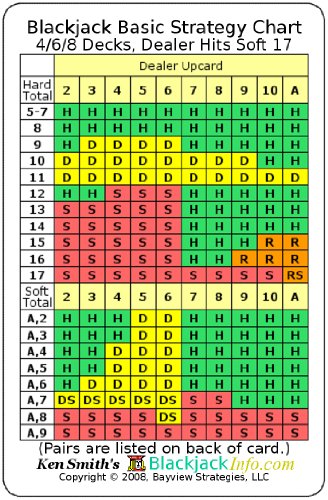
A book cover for Blackjack Basic Strategy Chart: 4/6/8 Decks, Dealer Hits Soft 17; Kenneth R Smith; Humor & Entertainment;